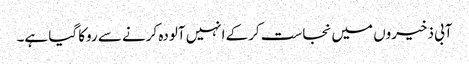
آبی ذخیروں میں نجاست کرکے انہیں آلودہ کرنے سے روکا گیا ہے۔